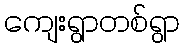
ကျေးရွာတစ်ရွာ